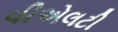
વીએલટી